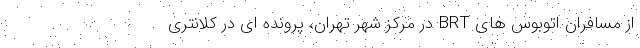
از مسافران اتوبوس های BRT در مرکز شهر تهران، پرونده ای در کلانتری